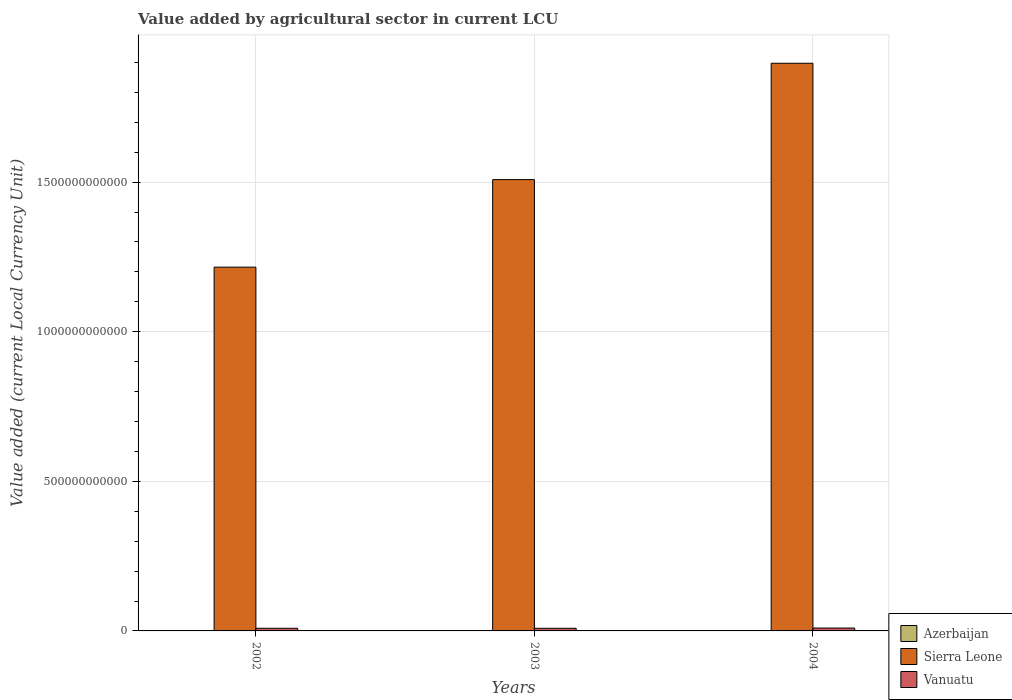
| Years | Azerbaijan | Sierra Leone | Vanuatu |
 | --- | --- | --- | --- |
 | 2002 | 8.46e+08 | 1.22e+12 | 8.87e+09 |
 | 2003 | 8.88e+08 | 1.51e+12 | 8.77e+09 |
 | 2004 | 9.37e+08 | 1.9e+12 | 9.63e+09 |